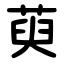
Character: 萸